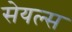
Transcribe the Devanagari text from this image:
सेयल्स